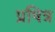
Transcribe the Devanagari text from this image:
प्रषित्र